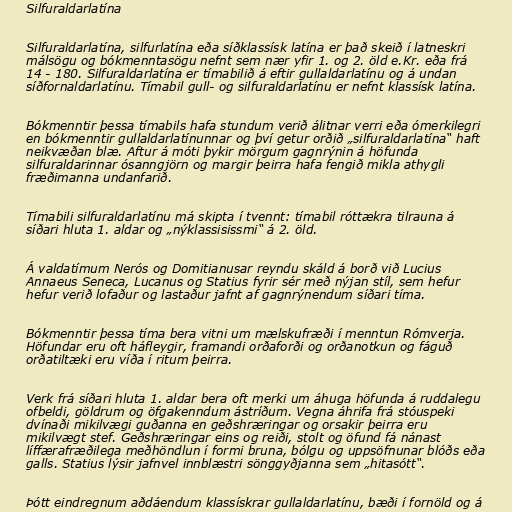
Silfuraldarlatína

Silfuraldarlatína, silfurlatína eða síðklassísk latína er það skeið í latneskri
málsögu og bókmenntasögu nefnt sem nær yfir 1. og 2. öld e.Kr. eða frá
14 - 180. Silfuraldarlatína er tímabilið á eftir gullaldarlatínu og á undan
síðfornaldarlatínu. Tímabil gull- og silfuraldarlatínu er nefnt klassísk latína.

Bókmenntir þessa tímabils hafa stundum verið álitnar verri eða ómerkilegri
en bókmenntir gullaldarlatínunnar og því getur orðið „silfuraldarlatína“ haft
neikvæðan blæ. Aftur á móti þykir mörgum gagnrýnin á höfunda
silfuraldarinnar ósanngjörn og margir þeirra hafa fengið mikla athygli
fræðimanna undanfarið.

Tímabili silfuraldarlatínu má skipta í tvennt: tímabil róttækra tilrauna á
síðari hluta 1. aldar og „nýklassisissmi“ á 2. öld.

Á valdatímum Nerós og Domitianusar reyndu skáld á borð við Lucius
Annaeus Seneca, Lucanus og Statius fyrir sér með nýjan stíl, sem hefur
hefur verið lofaður og lastaður jafnt af gagnrýnendum síðari tíma.

Bókmenntir þessa tíma bera vitni um mælskufræði í menntun Rómverja.
Höfundar eru oft háfleygir, framandi orðaforði og orðanotkun og fáguð
orðatiltæki eru víða í ritum þeirra.

Verk frá síðari hluta 1. aldar bera oft merki um áhuga höfunda á ruddalegu
ofbeldi, göldrum og öfgakenndum ástríðum. Vegna áhrifa frá stóuspeki
dvínaði mikilvægi guðanna en geðshræringar og orsakir þeirra eru
mikilvægt stef. Geðshræringar eins og reiði, stolt og öfund fá nánast
líffærafræðilega meðhöndlun í formi bruna, bólgu og uppsöfnunar blóðs eða
galls. Statius lýsir jafnvel innblæstri sönggyðjanna sem „hitasótt“.

Þótt eindregnum aðdáendum klassískrar gullaldarlatínu, bæði í fornöld og á